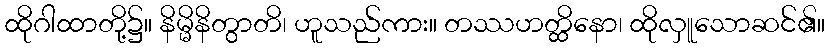
ထိုဂါထာတို့၌။ နိမ္မိနိတွာတိ၊ ဟူသည်ကား။ တဿဟတ္ထိနော၊ ထိုလှူသောဆင်၏။